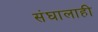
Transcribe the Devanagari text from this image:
संघालाही